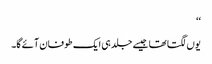
‘‘
یوں لگتا تھا جیسے جلد ہی ایک طوفان آئے گا۔